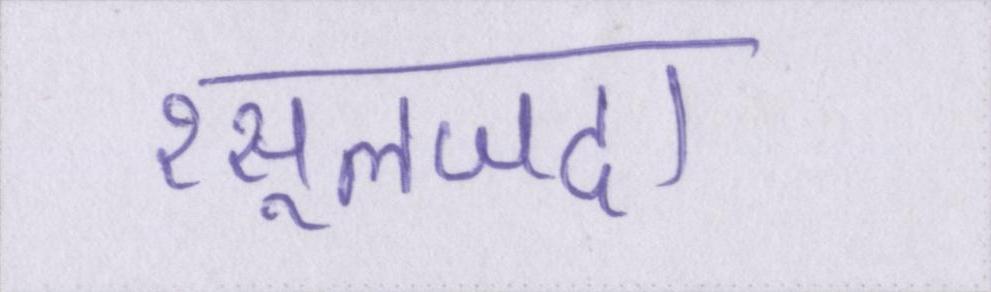
रसूलजदा